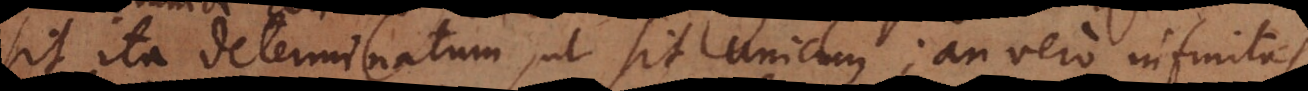
sit ita determinatum, ut sit unicum; an vero infinitas